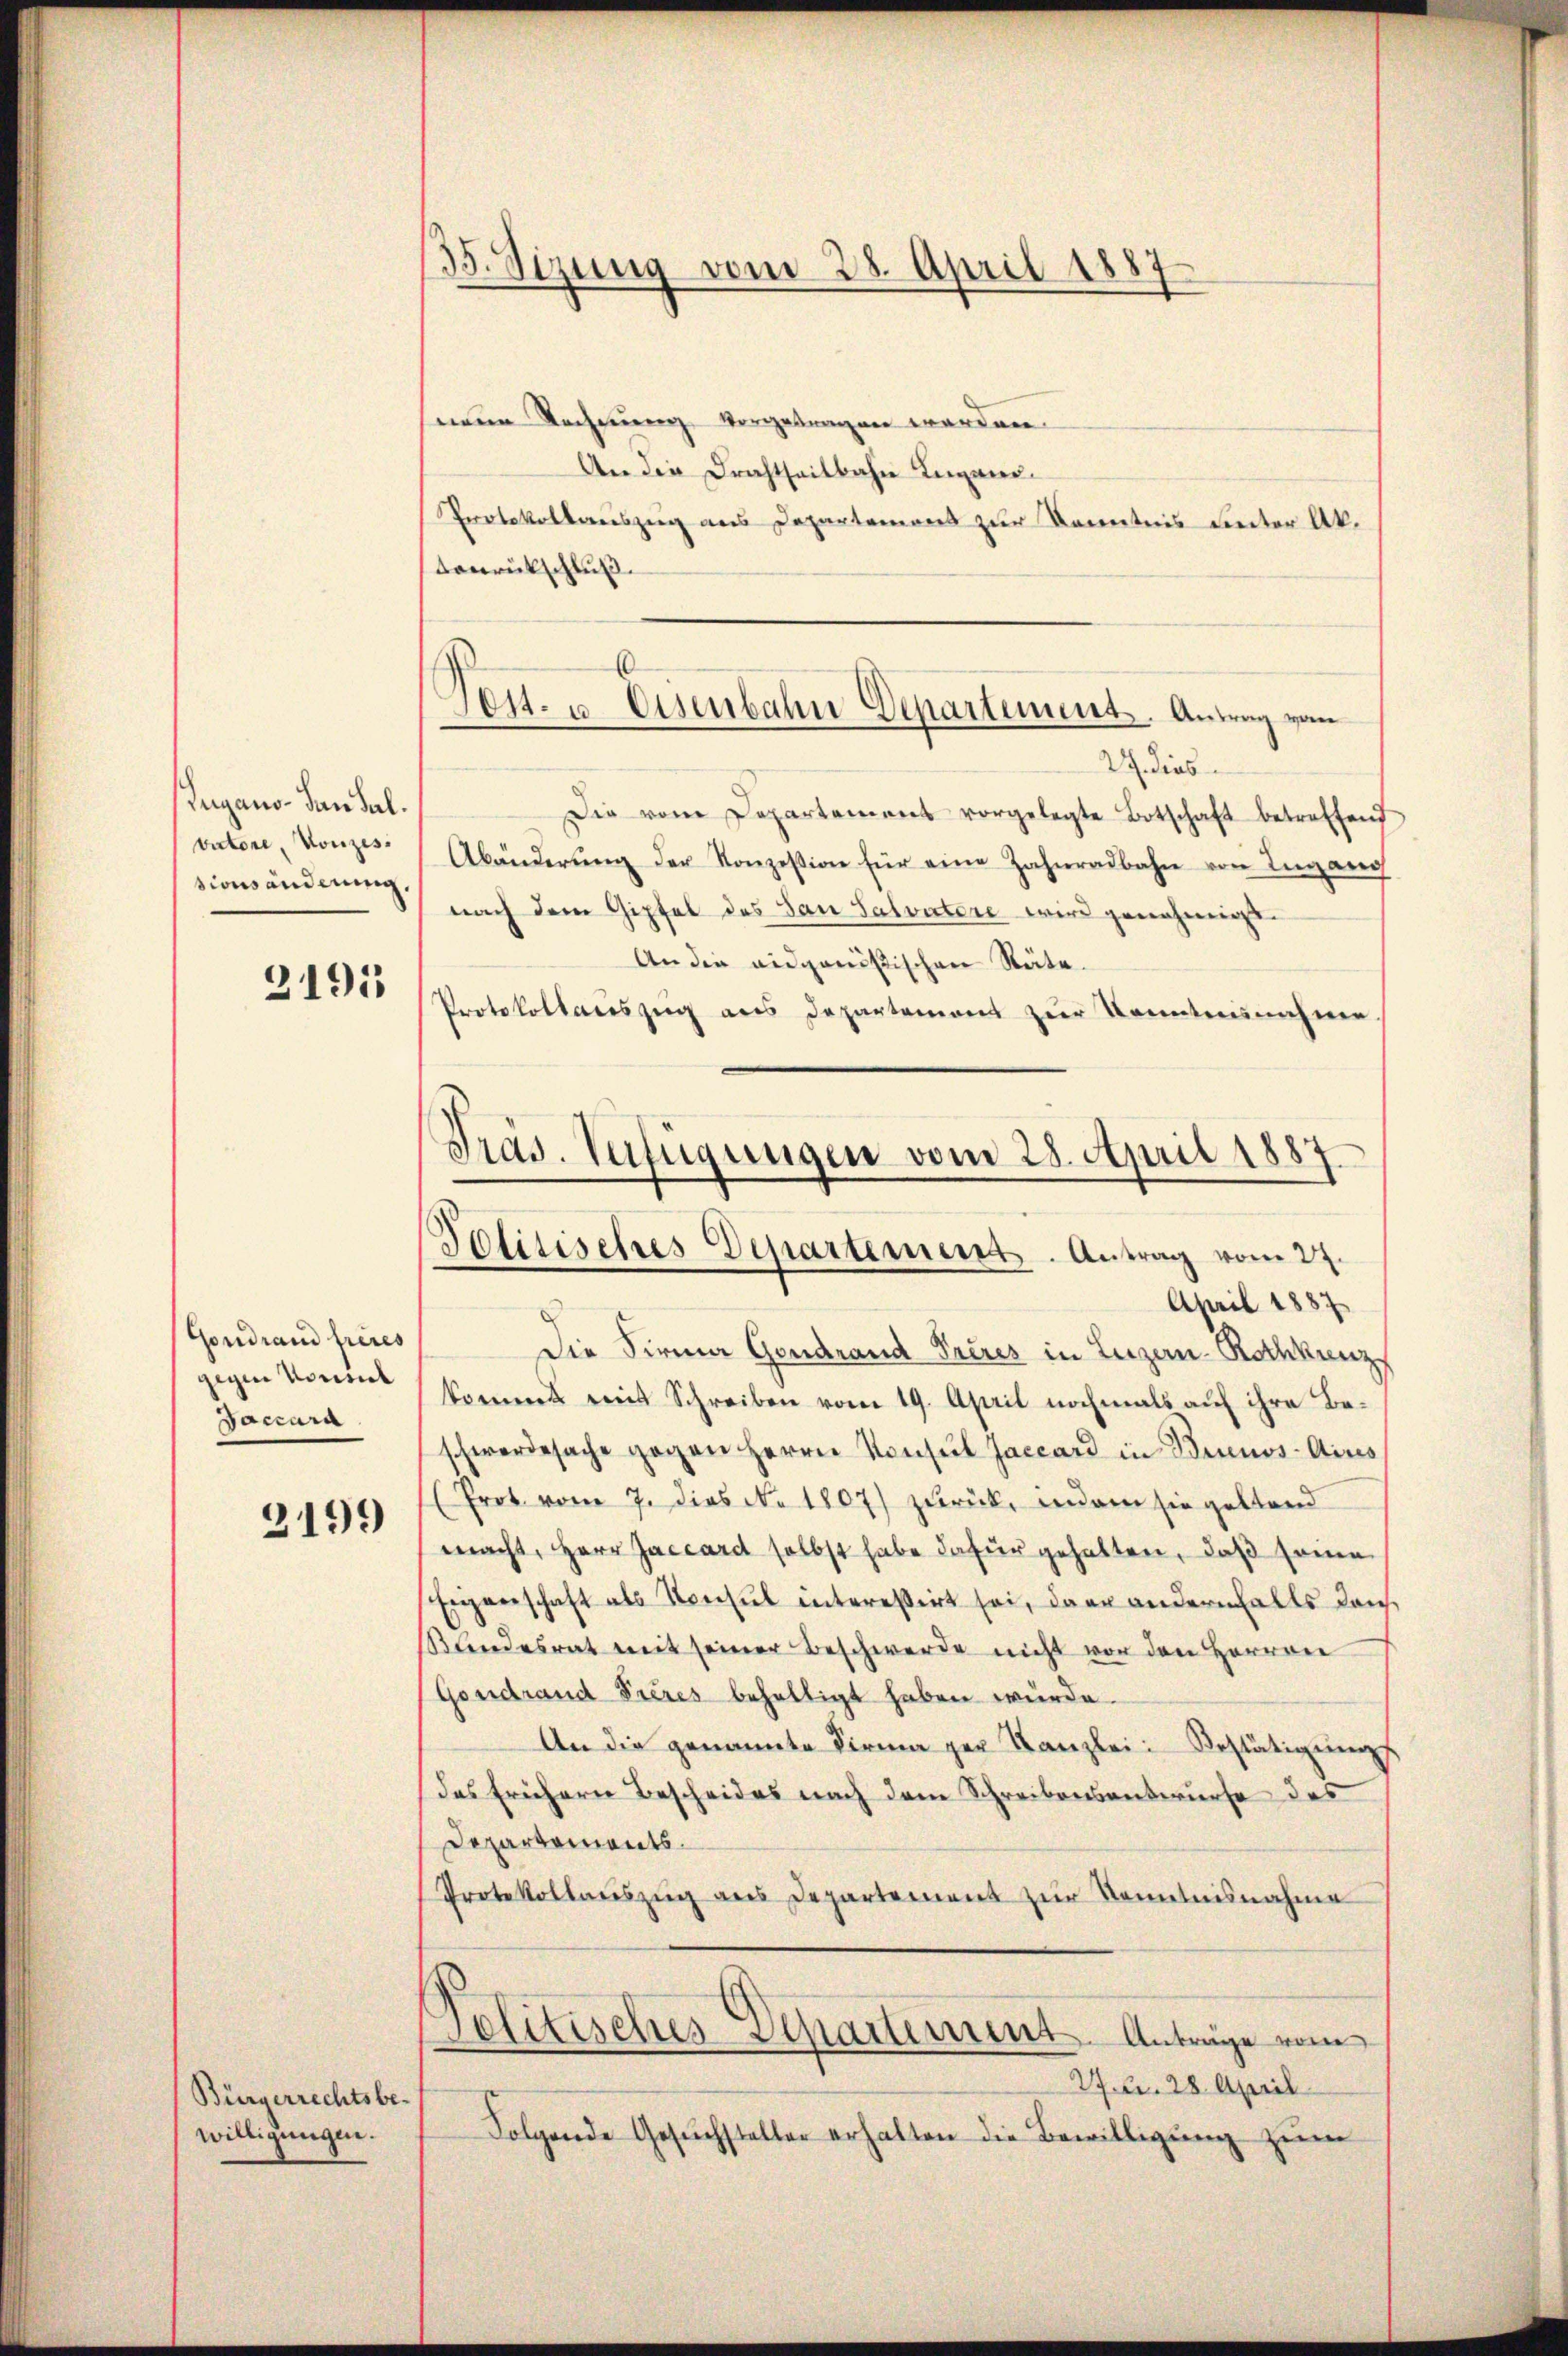
ugano- Landal.
vatore Konzes
sionsänderung

3191

Gondrand frères
gegen Vorsiel
Daccara

2199

Bürgerrechtsbewilligungen.

35. Sizung vom 28. April 1887

inen Rechnung vorgetragen werden.
An die Drahtseitbahn Lugani¬
Protokollauszug aus Departemons zur Kenntnis unter Aktonrückschluß.
2 dies
Die vom Departement vorgelegte Botschaft betreffend
Abänderŭng der Konzession für eine Zahnradbahn von Ingang
nach dem Gipfel des San Salvatore wird genehmigt.
An die eidgenößischen Räte.
Protokollauszug aus Departement zŭr Kenntnisnahme
Präs. Verfügungen vom 28. April 1887

Tett- u Eisenbahn Departement. Antrag vom

Politisches Departement. Antrag vom 27.

April 1887
8
Die Firma Gondrand Prires in Luzern-Rothkenz
kommt mit Schreiben vom 19. April nochmals auf ihre Beschwerdesache gegen Herrn Konsul Jaccard in Brunos-Ains
(Prot. vom 7. dies N. 1807) zurück, indem sie gestand
macht, Herr Jaccardt selbst habe dafür gehalten, daß sonne
Eigenschaft als Konsul interessirt sei, dann andernfalls dan
andesrat mit seiner Beschwerde nicht von den Herren
Gondrand Frères behaltigt haben würde.
An die genannte Firma per Kanzlei Bestätigung
das frühern Bescheides nach dem Schreibensentwurfe des
Departements.
Protokollauszug aus Departement zur Kenntnisnahme
Politisches Departement. Anträge vom
27 Fr. 28. April
Folgende Gesuchsteller erhalten die Bewilligung zum